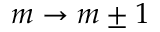
m \to m \pm 1